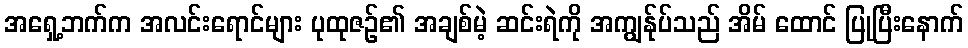
အရှေ့ဘက်က အလင်းရောင်များ ပုထုဇဉ်၏ အချစ်မဲ့ ဆင်းရဲကို အကျွန်ုပ်သည် အိမ် ထောင် ပြုပြီးနောက်